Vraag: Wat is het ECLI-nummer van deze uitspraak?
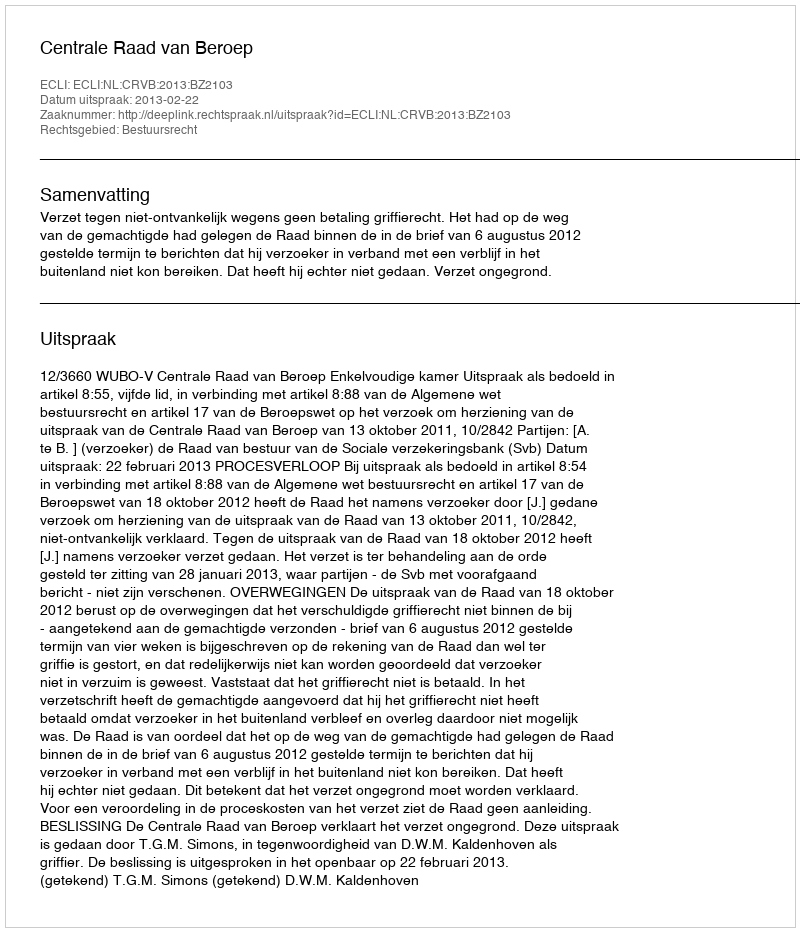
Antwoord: ECLI:NL:CRVB:2013:BZ2103